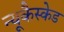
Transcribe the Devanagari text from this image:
न्यूकैस्केड